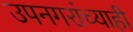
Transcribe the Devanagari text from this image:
उपनगरांच्याही